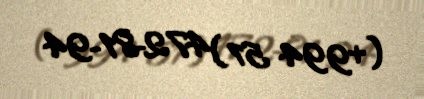
(+994 51) 472-81-94